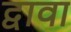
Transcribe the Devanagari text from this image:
द्वावा